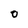
Character: 0